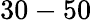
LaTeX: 30-50